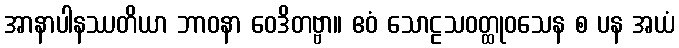
အာနာပါနဿတိယာ ဘာဝနာ ဝေဒိတဗ္ဗာ။ ဧဝံ သောဠသဝတ္ထုဝသေန စ ပန အယံ